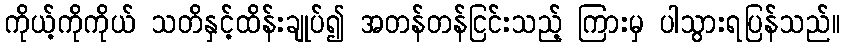
ကိုယ့်ကိုကိုယ် သတိနှင့်ထိန်းချုပ်၍ အတန်တန်ငြင်းသည့် ကြားမှ ပါသွားရပြန်သည်။